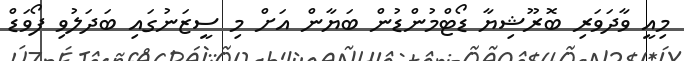
މިއީ ވާދަވަރި ބޮރޫޝިޔާ ޑޯޓްމުންޑުން ބަޔާން އަށް މި ސީޒަނުގައި ބަދަލުވި ފޯވަޑް